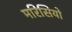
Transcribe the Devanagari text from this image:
मरिसियो